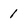
Character: 1